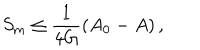
S _ { \mathrm { m } } \le \frac { 1 } { 4 G } \left( A _ { 0 } - A \right) ,